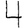
Digit: 4